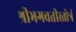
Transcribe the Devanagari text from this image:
श्रीभगवतीस्तोत्रं